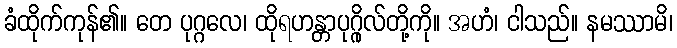
ခံထိုက်ကုန်၏။ တေ ပုဂ္ဂလေ၊ ထိုရဟန္တာပုဂ္ဂိုလ်တို့ကို။ အဟံ၊ ငါသည်။ နမဿာမိ၊